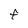
Character: f